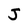
Character: J